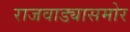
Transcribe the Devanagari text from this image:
राजवाड्यासमोर